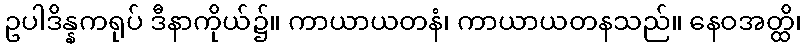
ဥပါဒိန္နကရုပ် ဒီနာကိုယ်၌။ ကာယာယတနံ၊ ကာယာယတနသည်။ နေဝအတ္ထိ၊